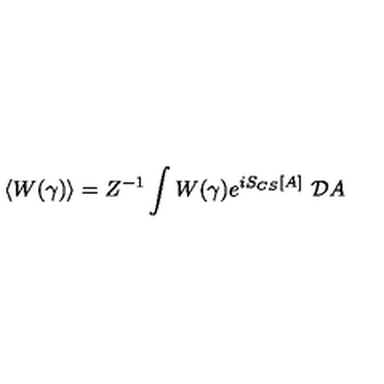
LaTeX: \langle W ( \gamma ) \rangle = Z ^ { - 1 } \int W ( \gamma ) e ^ { i S _ { C S } [ A ] } \ { \cal D } A